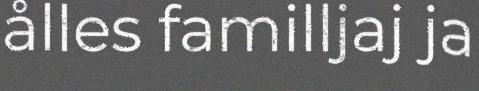
ålles familljaj ja